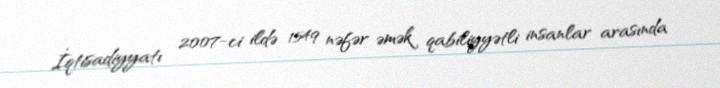
İqtisadiyyatı 2007-ci ildə 1549 nəfər əmək qabiliyyətli insanlar arasında